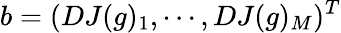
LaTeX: b=(DJ(g)_{1},\cdots,DJ(g)_{M})^{T}